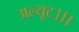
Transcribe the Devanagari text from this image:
अल्यूट।।।